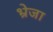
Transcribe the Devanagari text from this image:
भ्रेजा